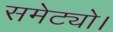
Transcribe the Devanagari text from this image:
समेट्यो।